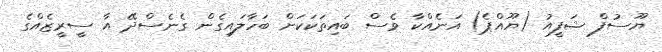
ޔޫސުފް ޝަފީއު (ޔޫއްޕެ) އަނެއްކާ ވެސް ބައިތަކަކަށް ބަހާލައިގެން ގެނެސްދޭ އާ ސީރީޒެއްގެ